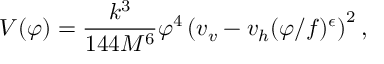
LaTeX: V ( \varphi ) = \frac { k ^ { 3 } } { 1 4 4 M ^ { 6 } } \varphi ^ { 4 } \left( v _ { v } - v _ { h } ( \varphi / f ) ^ { \epsilon } \right) ^ { 2 } ,